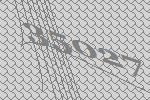
35027